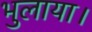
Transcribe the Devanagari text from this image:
भुलाया।